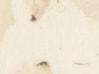
上